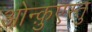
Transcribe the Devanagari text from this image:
ओन्क़ुएस्तु